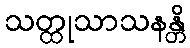
သတ္ထုသာသနန္တိ